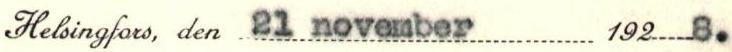
Helsingfors, den 21 november 192 8.